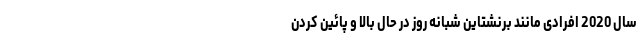
سال 2020 افرادی مانند برنشتاین شبانه روز در حال بالا و پائین کردن